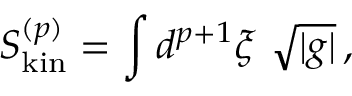
S _ { \mathrm { k i n } } ^ { ( p ) } = \int d ^ { p + 1 } \xi \ \sqrt { | g | } \, ,